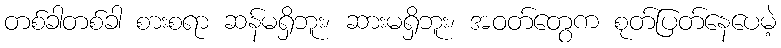
တစ်ခါတစ်ခါ စားစရာ ဆန်မရှိဘူး၊ ဆားမရှိဘူး၊ အဝတ်တွေက စုတ်ပြတ်နေပေမဲ့